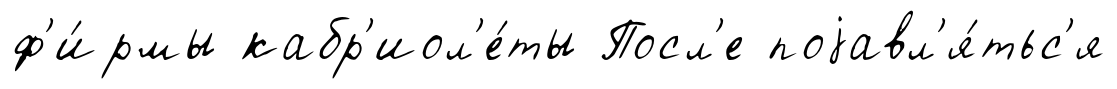
ф'и́рмы кабр'иол'е́ты Посл'е поjавл'я́тьс'я